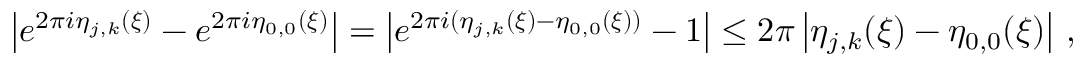
\left\vert e ^ { 2 \pi i \eta _ { j , k } ( \boldsymbol { \xi } ) } - e ^ { 2 \pi i \eta _ { 0 , 0 } ( \boldsymbol { \xi } ) } \right\vert = \left\vert e ^ { 2 \pi i ( \eta _ { j , k } ( \boldsymbol { \xi } ) - \eta _ { 0 , 0 } ( \boldsymbol { \xi } ) ) } - 1 \right\vert \leq 2 \pi \left\vert \eta _ { j , k } ( \boldsymbol { \xi } ) - \eta _ { 0 , 0 } ( \boldsymbol { \xi } ) \right\vert \, ,